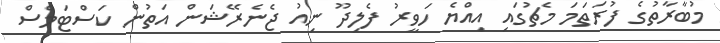
މުބާރާތުގެ ފުރަތަމަ މެޗުގައި އިއްޔެ ހަވީރު ފެލިދޫ ނިއު ޖެނެރޭޝަން އަތުން ކަސްޓަމްސް